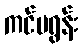
ကင်မရွန်း